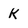
Character: K